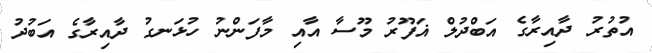
އުތުރު ދާއިރާގެ އަބްދުލް ޣަފޫރު މޫސާ އާއި މާފަންނު ހުޅަނގު ދާއިރާގެ އަބުދު